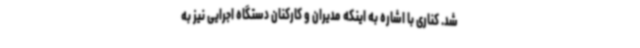
شد. کناری با اشاره به اینکه مدیران و کارکنان دستگاه اجرایی نیز به